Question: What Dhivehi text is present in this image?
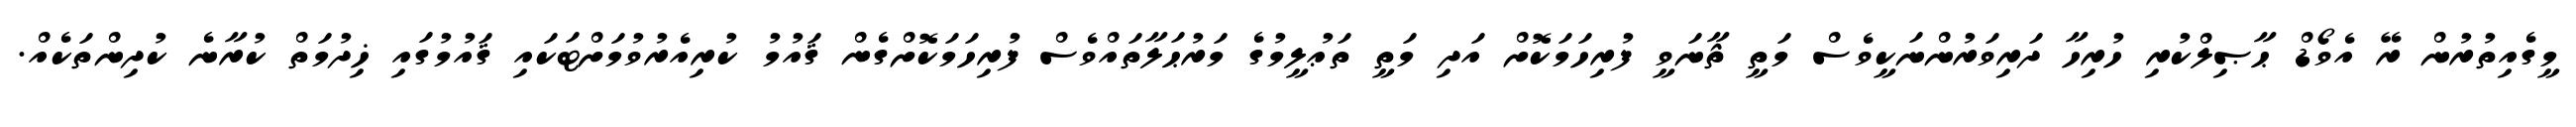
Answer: މީގެއިތުރުން ރޭ އެވޯޑް ޙާޞިލްކުރި ހުރިހާ ދަރިވަރުންނަކީވެސް މަތީ ޘާނަވީ ފުރިހަމަކޮށް އަދި މަތީ ތަޢުލީމުގެ މަރުޙަލާތައްވެސް ފުރިހަމަކޮށްގެން ޤައުމު ކުރިއެރުވުމަށްޓަކައި ޤައުމުގައި ޚިދުމަތް ކުރާނެ ކުދިންތަކެއް.